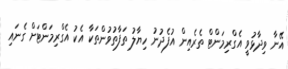
އޭނާ ވިދާޅުވީ އެގްރިމަންޓް ތެރެއިން އުފެދުނު ހިޔާލު ތަފާތުވުންތަކާ އެކު އެގްރިމަންޓަށް ގެނައި